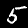
Digit: 5